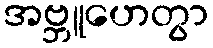
အဗ္ဘူဟေတွာ